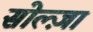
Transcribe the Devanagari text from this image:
सोल्ज़ा